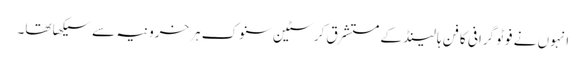
انہوں نے فوٹو گرافی کا فن ہالینڈ کے مستشرق کرسٹین سنوک ہرخرونیہ سے سیکھا تھا۔